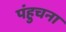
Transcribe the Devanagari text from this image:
पंहुचना